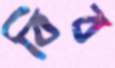
বিব